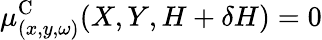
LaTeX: \mu_{(x,y,\omega)}^{\textrm{C}}(X,Y,H+\delta H)=0